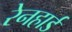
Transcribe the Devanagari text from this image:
रेनहार्ड